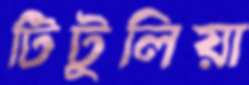
টিটুলিয়া